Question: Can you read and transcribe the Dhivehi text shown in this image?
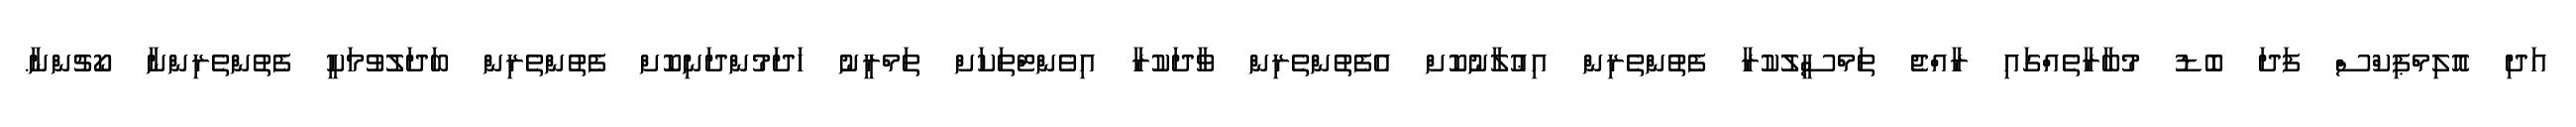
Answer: އަދި އޮލިމްޕިކްސް ފަދަ ބޮޑު މުބާރާތެއްގައި ރާއްޖެ ތަމްސީލުކުރާ ފެތުންތެރިން އިޢުލާނުކޮށް އެފެތުންތެރިން ވާދަކުރާ އިވެންޓްތަކަށް ތަމްރީނު ހަދަމުންދަނިކޮށް ފެތުންތެރިން ބަދަލުވުމަކީ ފެތުންތެރިންނާ ކޯޗުންނާ.